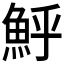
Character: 𩶈